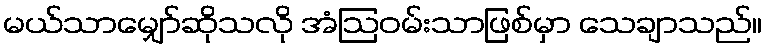
မယ်သာမျှော်ဆိုသလို အံဩဝမ်းသာဖြစ်မှာ သေချာသည်။